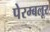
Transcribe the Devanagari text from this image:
पेरम्बलूर